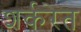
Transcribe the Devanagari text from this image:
शर्करेत